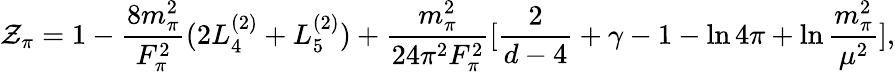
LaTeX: \mathcal{Z}_{\pi}=1-\frac{{8m_{\pi}^{2}}}{{F_{\pi}^{2}}}(2L_{4}^{(2)}+L_{5}^{(2)})+\frac{{m_{\pi}^{2}}}{{24\pi^{2}F_{\pi}^{2}}}[\frac{2}{{d-4}}+\gamma-1-\ln4\pi+\ln\frac{{m_{\pi}^{2}}}{{\mu^{2}}}],